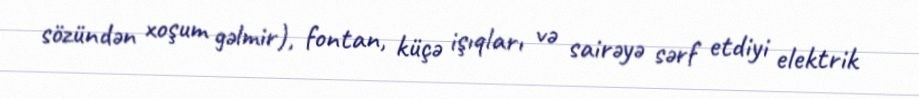
sözündən xoşum gəlmir), fontan, küçə işıqları və sairəyə sərf etdiyi elektrik